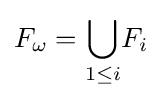
F_{\omega }={\underset {1\leq i}{\bigcup }}F_{i}